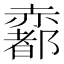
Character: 𧹼